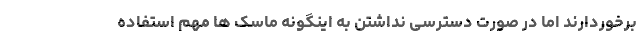
برخوردارند اما در صورت دسترسی نداشتن به اینگونه ماسک ها مهم استفاده